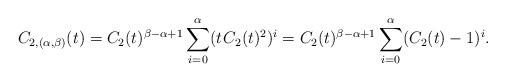
LaTeX: \begin{align*}C_{2,(\alpha,\beta)}(t) = C_2(t)^{\beta-\alpha+1} \sum_{i=0}^\alpha (t \kern+1pt C_2(t)^2)^i = C_2(t)^{\beta-\alpha+1} \sum_{i=0}^\alpha (C_2(t)-1)^i.\end{align*}